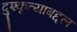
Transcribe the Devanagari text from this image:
दुश्कृत्याबद्दल